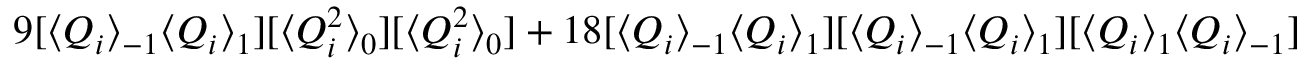
9 [ \langle Q _ { i } \rangle _ { - 1 } \langle Q _ { i } \rangle _ { 1 } ] [ \langle Q _ { i } ^ { 2 } \rangle _ { 0 } ] [ \langle Q _ { i } ^ { 2 } \rangle _ { 0 } ] + 1 8 [ \langle Q _ { i } \rangle _ { - 1 } \langle Q _ { i } \rangle _ { 1 } ] [ \langle Q _ { i } \rangle _ { - 1 } \langle Q _ { i } \rangle _ { 1 } ] [ \langle Q _ { i } \rangle _ { 1 } \langle Q _ { i } \rangle _ { - 1 } ]